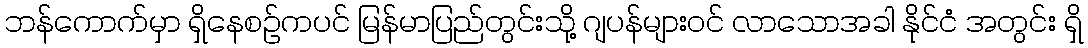
ဘန်ကောက်မှာ ရှိနေစဉ်ကပင် မြန်မာပြည်တွင်းသို့ ဂျပန်များဝင် လာသောအခါ နိုင်ငံ အတွင်း ရှိ